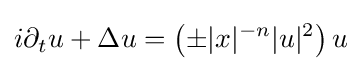
\displaystyle i\partial _{t}u+\Delta u=\left(\pm |x|^{-n}|u|^{2}\right)u